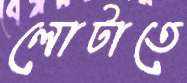
লোটাতে